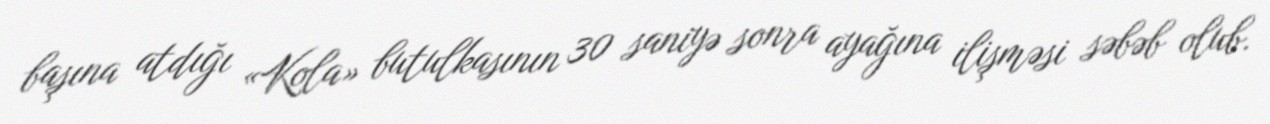
başına atdığı «Kola» butulkasının 30 saniyə sonra ayağına ilişməsi səbəb olub.